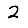
Digit: 2